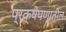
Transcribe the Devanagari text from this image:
प्रक्षेपणातील